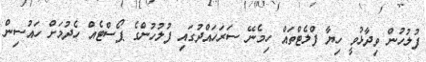
ފުލުހުން ވިދާޅުވީ ހިޔާ ފްލެޓްތައް ހިމެނޭ ސަރަހައްދުގައި ފުލުހުންގެ ޕޯސްޓެއް ހެދުމަށް ހައުސިން